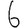
Digit: 6